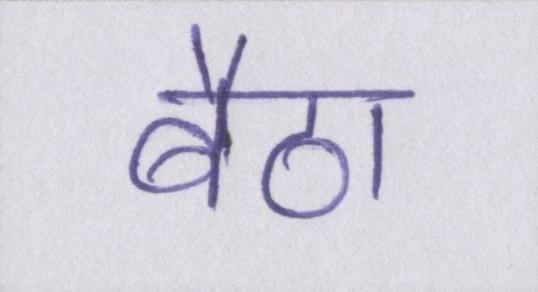
बैठा